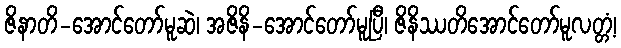
ဇိနာတိ-အောင်တော်မူဆဲ၊ အဇိနိ-အောင်တော်မူပြီ၊ ဇိနိဿတိအောင်တော်မူလတ္တံ့၊